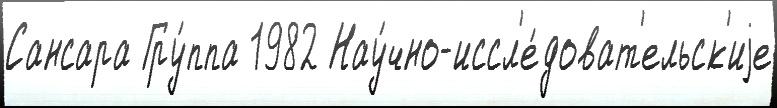
Сансара Гру́ппа 1982 Нау́чно-иссл'е́доват'ельск'иjе